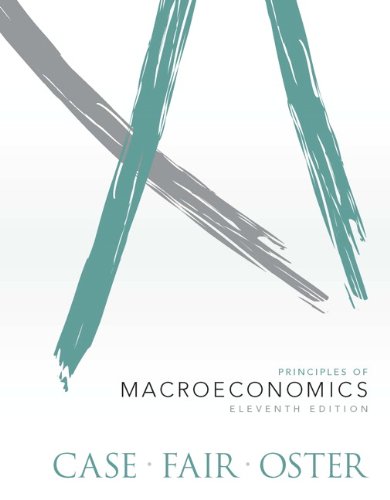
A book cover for Principles of Macroeconomics (11th Edition); Karl E. Case; Business & Money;